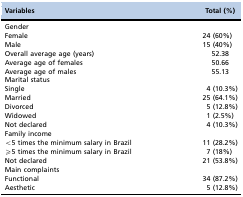
<table><thead><tr><td><b>Variables</b></td><td><b>Total (%)</b></td></tr></thead><tbody><tr><td>Gender</td><td>[EMPTY_CELL]</td></tr><tr><td>Female</td><td>24 (60%)</td></tr><tr><td>Male</td><td>15 (40%)</td></tr><tr><td>Overall average age (years)</td><td>52.38</td></tr><tr><td>Average age of females</td><td>50.66</td></tr><tr><td>Average age of males</td><td>55.13</td></tr><tr><td>Marital status</td><td>[EMPTY_CELL]</td></tr><tr><td>Single</td><td>4 (10.3%)</td></tr><tr><td>Married</td><td>25 (64.1%)</td></tr><tr><td>Divorced</td><td>5 (12.8%)</td></tr><tr><td>Widowed</td><td>1 (2.5%)</td></tr><tr><td>Not declared</td><td>4 (10.3%)</td></tr><tr><td>Family income</td><td>[EMPTY_CELL]</td></tr><tr><td>&lt;5 times the minimum salary in Brazil</td><td>11 (28.2%)</td></tr><tr><td>≥5 times the minimum salary in Brazil</td><td>7 (18%)</td></tr><tr><td>Not declared</td><td>21 (53.8%)</td></tr><tr><td>Main complaints</td><td>[EMPTY_CELL]</td></tr><tr><td>Functional</td><td>34 (87.2%)</td></tr><tr><td>Aesthetic</td><td>5 (12.8%)</td></tr></tbody></table>